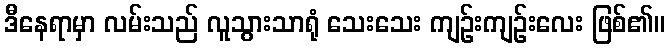
ဒီနေရာမှာ လမ်းသည် လူသွားသာရုံ သေးသေး ကျဉ်းကျဉ်းလေး ဖြစ်၏။